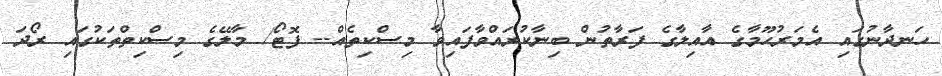
ހަނދާނުގައި އެމަރުޙޫމާގެ އާއިލާގެ ފަރާތުން ބިނާކުރައްވާފައިވާ މިސްކިތެއް-- ފޮޓޯ/ މާލޭގެ މިސްކިތްތަކުގައި ރޯދަ